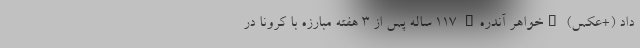
داد (+عکس) "خواهر آندره" 117 ساله پس از 3 هفته مبارزه با کرونا در